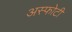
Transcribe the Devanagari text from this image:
अस्फोटी